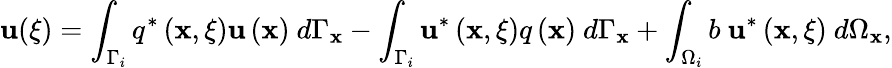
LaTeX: \mathbf{u}({\mathbf{\xi}})=\int_{\Gamma_{i}}q^{*}\left(\mathbf{{x}},{\mathbf{\xi}}\right)\mathbf{u}\left(\mathbf{{x}}\right)\ d\Gamma_{\mathbf{{x}}}-\int_{\Gamma_{i}}\mathbf{u}^{*}\left(\mathbf{{x}},{\mathbf{\xi}}\right)q\left(\mathbf{{x}}\right)\ d\Gamma_{\mathbf{{x}}}+\int_{\Omega_{i}}b\ \mathbf{u}^{*}\left(\mathbf{{x}},{\mathbf{\xi}}\right)\ d\Omega_{\mathbf{{x}}},